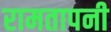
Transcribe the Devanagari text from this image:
रामतापनी